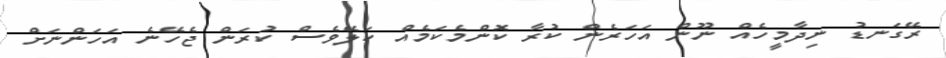
ރޭގަނޑު ނިދާމީހެއް ނޫން އަހަރެން ކުރާ ކޮންމެކަމެއް ކަލޭވެސް ކުރަން ޖެހޭނެ އަހަންނަށް